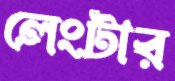
লেংটার